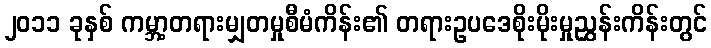
၂၀၁၁ ခုနှစ် ကမ္ဘာ့တရားမျှတမှုစီမံကိန်း၏ တရားဥပဒေစိုးမိုးမှုညွှန်းကိန်းတွင်